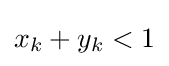
x_{k}+y_{k}<1